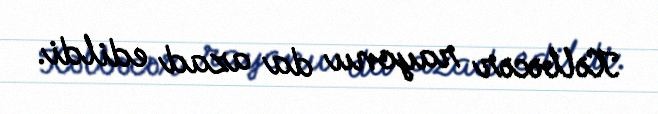
Kəlbəcər rayonu da azad edildi.